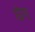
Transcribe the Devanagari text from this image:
घेग